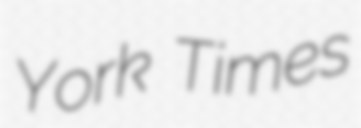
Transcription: York Times